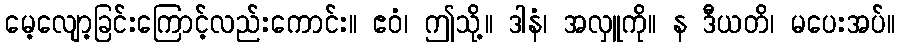
မေ့လျော့ခြင်းကြောင့်လည်းကောင်း။ ဧဝံ၊ ဤသို့။ ဒါနံ၊ အလှူကို။ န ဒီယတိ၊ မပေးအပ်။